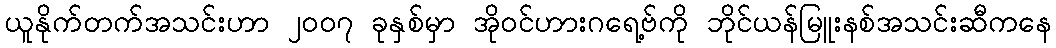
ယူနိုက်တက်အသင်းဟာ ၂၀၀၇ ခုနှစ်မှာ အိုဝင်ဟားဂရေ့ဗ်ကို ဘိုင်ယန်မြူးနစ်အသင်းဆီကနေ